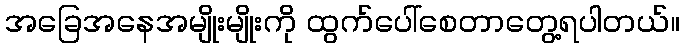
အခြေအနေအမျိုးမျိုးကို ထွက်ပေါ်စေတာတွေ့ရပါတယ်။